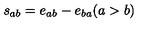
s _ { a b } = e _ { a b } - e _ { b a } ( a > b )